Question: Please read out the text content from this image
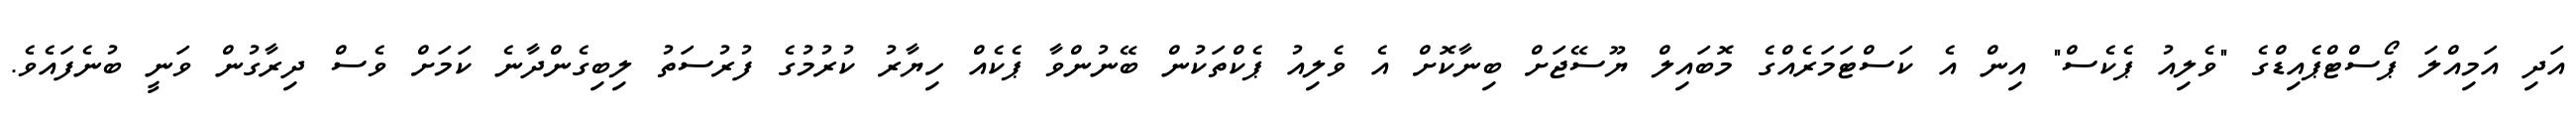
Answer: އަދި އަމިއްލަ ޕޯސްޓްޕެއިޑްގެ "ވެލިއު ޕެކެސް" އިން އެ ކަސްޓަމަރެއްގެ މޮބައިލް ޔޫސޭޖަށް ބިނާކޮށް އެ ވެލިއު ޕެކްތަކުން ބޭނުންވާ ޕެކެއް ހިޔާރު ކުރުމުގެ ފުރުސަތު ލިބިގެންދާނެ ކަމަށް ވެސް ދިރާގުން ވަނީ ބުނެފައެވެ.